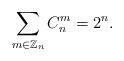
LaTeX: \begin{align*}\sum_{m\in\mathbb{Z}_n}C_n^m=2^n.\end{align*}